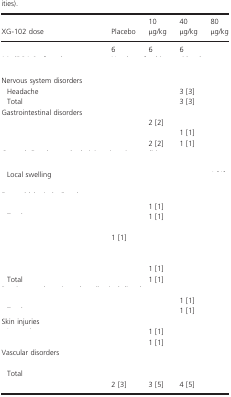
<table><thead><tr><td><b>XG-102 dose</b></td><td><b>Placebo</b></td><td><b>10 μg/kg</b></td><td><b>40 μg/kg</b></td><td><b>80 μg/kg</b></td></tr></thead><tbody><tr><td>[EMPTY_CELL]</td><td>6</td><td>6</td><td>6</td><td>[EMPTY_CELL]</td></tr><tr><td>[EMPTY_CELL]</td><td colspan="4">[EMPTY_CELL]</td></tr><tr><td colspan="5">Nervous system disorders</td></tr><tr><td> Headache</td><td>[EMPTY_CELL]</td><td>[EMPTY_CELL]</td><td>3 [3]</td><td>[EMPTY_CELL]</td></tr><tr><td> Total</td><td>[EMPTY_CELL]</td><td>[EMPTY_CELL]</td><td>3 [3]</td><td>[EMPTY_CELL]</td></tr><tr><td colspan="5">Gastrointestinal disorders</td></tr><tr><td>[EMPTY_CELL]</td><td>[EMPTY_CELL]</td><td>2 [2]</td><td>[EMPTY_CELL]</td><td>[EMPTY_CELL]</td></tr><tr><td>[EMPTY_CELL]</td><td>[EMPTY_CELL]</td><td>[EMPTY_CELL]</td><td>1 [1]</td><td>[EMPTY_CELL]</td></tr><tr><td>[EMPTY_CELL]</td><td>[EMPTY_CELL]</td><td>2 [2]</td><td>1 [1]</td><td>[EMPTY_CELL]</td></tr><tr><td colspan="5">[EMPTY_CELL]</td></tr><tr><td>[EMPTY_CELL]</td><td>[EMPTY_CELL]</td><td>[EMPTY_CELL]</td><td>[EMPTY_CELL]</td><td>[EMPTY_CELL]</td></tr><tr><td> Local swelling</td><td>[EMPTY_CELL]</td><td>[EMPTY_CELL]</td><td>[EMPTY_CELL]</td><td>[EMPTY_CELL]</td></tr><tr><td>[EMPTY_CELL]</td><td>[EMPTY_CELL]</td><td>[EMPTY_CELL]</td><td>[EMPTY_CELL]</td><td>[EMPTY_CELL]</td></tr><tr><td colspan="5">[EMPTY_CELL]</td></tr><tr><td>[EMPTY_CELL]</td><td>[EMPTY_CELL]</td><td>1 [1]</td><td>[EMPTY_CELL]</td><td>[EMPTY_CELL]</td></tr><tr><td>[EMPTY_CELL]</td><td>[EMPTY_CELL]</td><td>1 [1]</td><td>[EMPTY_CELL]</td><td>[EMPTY_CELL]</td></tr><tr><td colspan="5">[EMPTY_CELL]</td></tr><tr><td>[EMPTY_CELL]</td><td>1 [1]</td><td>[EMPTY_CELL]</td><td>[EMPTY_CELL]</td><td>[EMPTY_CELL]</td></tr><tr><td>[EMPTY_CELL]</td><td>[EMPTY_CELL]</td><td>[EMPTY_CELL]</td><td>[EMPTY_CELL]</td><td>[EMPTY_CELL]</td></tr><tr><td colspan="5">[EMPTY_CELL]</td></tr><tr><td>[EMPTY_CELL]</td><td>[EMPTY_CELL]</td><td>1 [1]</td><td>[EMPTY_CELL]</td><td>[EMPTY_CELL]</td></tr><tr><td> Total</td><td>[EMPTY_CELL]</td><td>1 [1]</td><td>[EMPTY_CELL]</td><td>[EMPTY_CELL]</td></tr><tr><td colspan="5">[EMPTY_CELL]</td></tr><tr><td>[EMPTY_CELL]</td><td>[EMPTY_CELL]</td><td>[EMPTY_CELL]</td><td>1 [1]</td><td>[EMPTY_CELL]</td></tr><tr><td>[EMPTY_CELL]</td><td>[EMPTY_CELL]</td><td>[EMPTY_CELL]</td><td>1 [1]</td><td>[EMPTY_CELL]</td></tr><tr><td colspan="5">Skin injuries</td></tr><tr><td>[EMPTY_CELL]</td><td>[EMPTY_CELL]</td><td>1 [1]</td><td>[EMPTY_CELL]</td><td>[EMPTY_CELL]</td></tr><tr><td>[EMPTY_CELL]</td><td>[EMPTY_CELL]</td><td>1 [1]</td><td>[EMPTY_CELL]</td><td>[EMPTY_CELL]</td></tr><tr><td colspan="5">Vascular disorders</td></tr><tr><td>[EMPTY_CELL]</td><td>[EMPTY_CELL]</td><td>[EMPTY_CELL]</td><td>[EMPTY_CELL]</td><td>[EMPTY_CELL]</td></tr><tr><td> Total</td><td>[EMPTY_CELL]</td><td>[EMPTY_CELL]</td><td>[EMPTY_CELL]</td><td>[EMPTY_CELL]</td></tr><tr><td>[EMPTY_CELL]</td><td>2 [3]</td><td>3 [5]</td><td>4 [5]</td><td>[EMPTY_CELL]</td></tr></tbody></table>